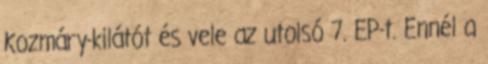
Kozmáry-kilátót és vele az utolsó 7. EP-t. Ennél a